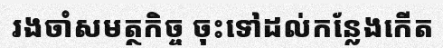
រងចាំសមត្ថកិច្ច ចុះទៅដល់កន្លែងកើត